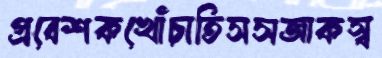
প্রবেশকখোঁচাতিসসজাকস্ব